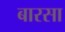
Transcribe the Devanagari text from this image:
बारसा